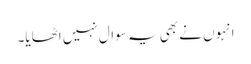
انہوں نے بھی یہ سوال نہیں اٹھایا۔